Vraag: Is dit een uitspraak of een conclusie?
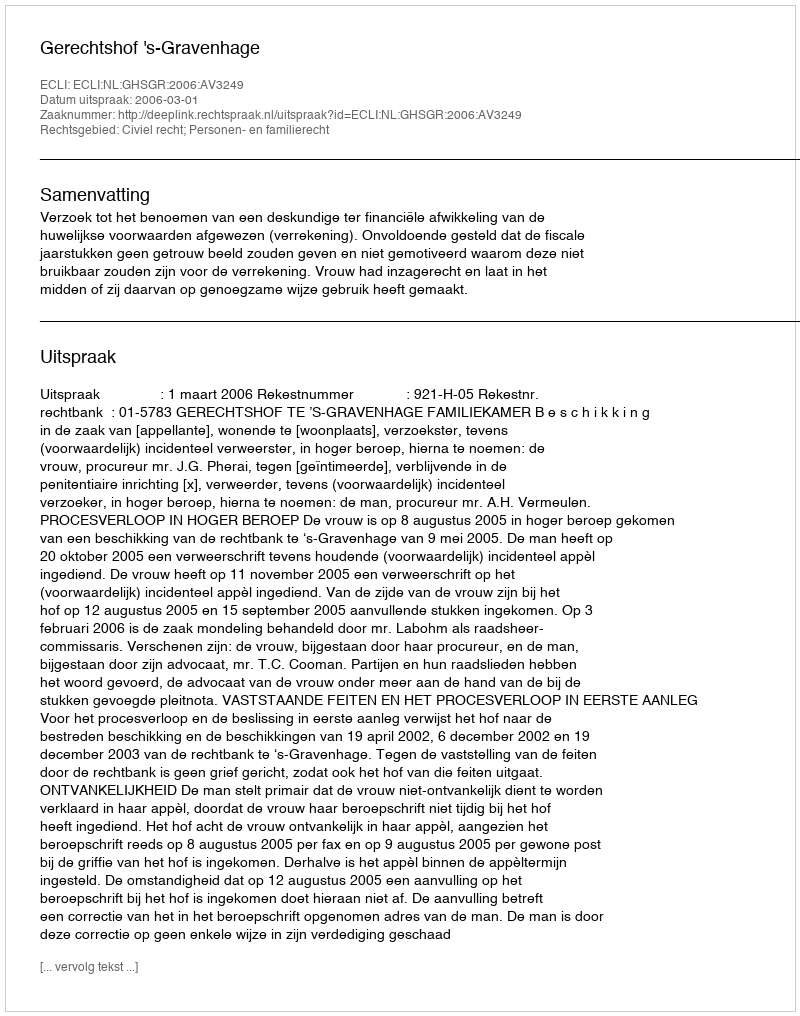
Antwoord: Uitspraak